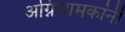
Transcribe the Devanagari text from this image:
अग्निशामकांनी